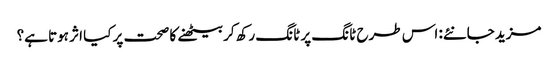
مزید جانئے: اس طرح ٹانگ پر ٹانگ رکھ کر بیٹھنے کا صحت پر کیا اثر ہوتا ہے؟